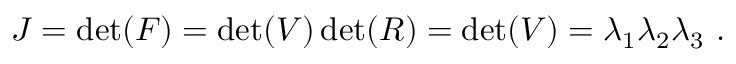
J = \operatorname* { d e t } ( { \boldsymbol { F } } ) = \operatorname* { d e t } ( { \boldsymbol { V } } ) \operatorname* { d e t } ( { \boldsymbol { R } } ) = \operatorname* { d e t } ( { \boldsymbol { V } } ) = \lambda _ { 1 } \lambda _ { 2 } \lambda _ { 3 } ~ .